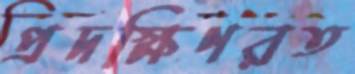
প্রদক্ষিণরত